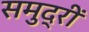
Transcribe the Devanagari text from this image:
समुद्रीं